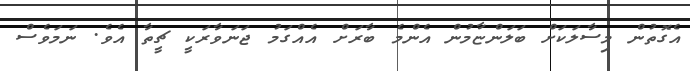
އެގޮތުން މިސާލަކަށް ބަލަންޏާމުން އެންމެ ބާރަށް އެއްގަމު ޖަނަވާރަކީ ޗީތާ އެވެ. ނަމަވެސް